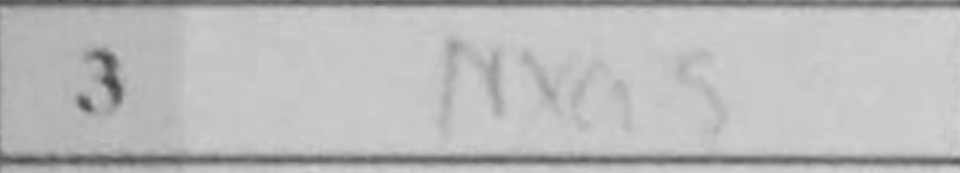
Transcription: Nxa3